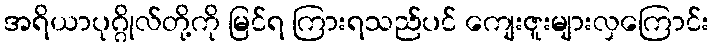
အရိယာပုဂ္ဂိုလ်တို့ကို မြင်ရ ကြားရသည်ပင် ကျေးဇူးများလှကြောင်း